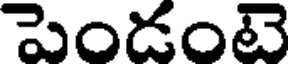
పెండంటె